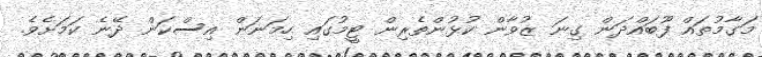
މަގާމުތައް ފޫބައްދަން ގިނަ ޒުވާން ކުޅުންތެރިން ޓީމުގައި ހިމަނަން އިސްކަން ދޭނެ ކަމަށެވެ.